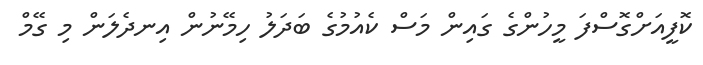
ކޮފީއަށްގޮސްފަ މީހުންގެ ގައިން މަސް ކެއުމުގެ ބަދަލު ހިމޭނުން އިނދެލަން މި ގޭމް